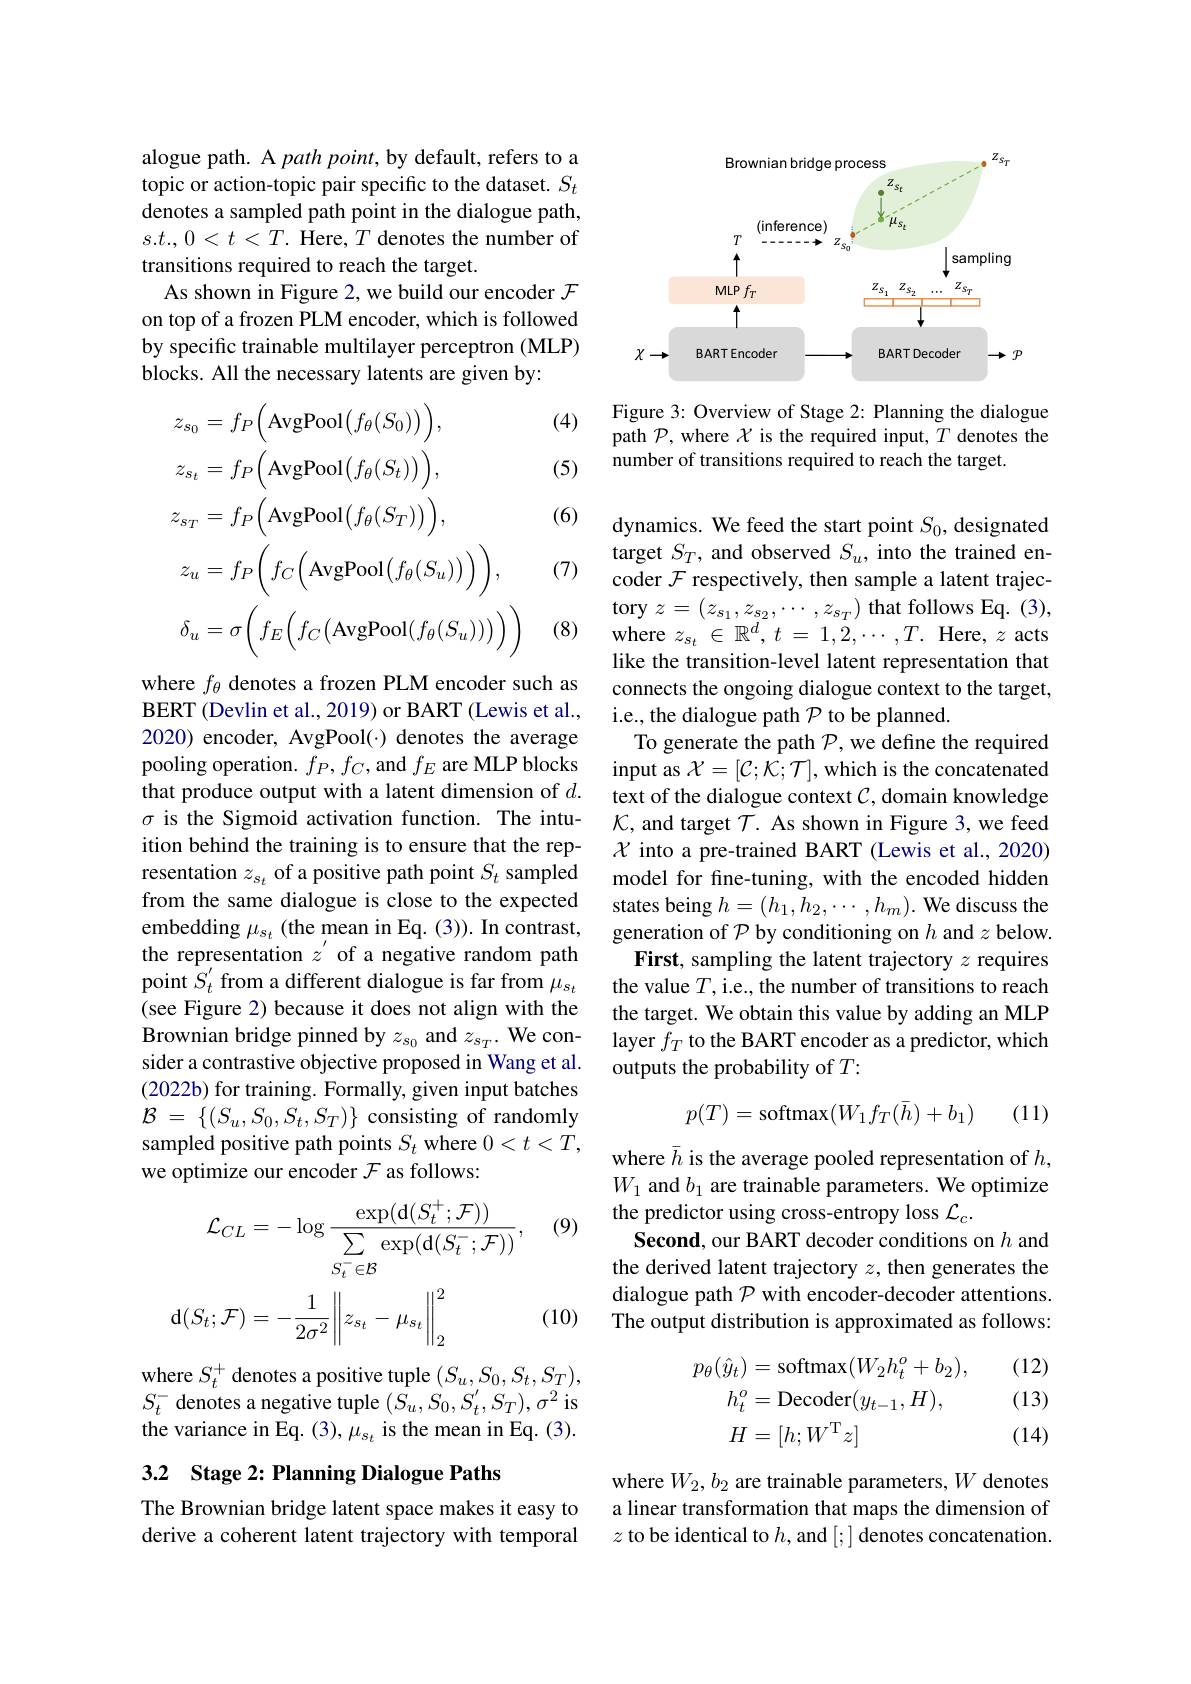
alogue path. A path point, by default, refers to a topic or action-topic pair specific to the dataset. $S_t$ denotes a sampled path point in the dialogue path, $s.t.,0<t<T.$ Here, $T$ denotes the number of transitions required to reach the target.
As shown in Figure 2, we build our encoder $\mathcal{F}$ on top of a frozen PLM encoder, which is followed by specific trainable multilayer perceptron (MLP) blocks. All the necessary latents are given by:

(4)

(5)

(6)
$$\begin{aligned}&z_{s_{0}}=f_{P}\Big(\mathrm{AvgPool}\big(f_{\theta}(S_{0})\big)\Big),\\&z_{s_{t}}=f_{P}\Big(\mathrm{AvgPool}\big(f_{\theta}(S_{t})\big)\Big),\\&z_{s_{T}}=f_{P}\Big(\mathrm{AvgPool}\big(f_{\theta}(S_{T})\big)\Big),\\&z_{u}=f_{P}\Bigg(f_{C}\Big(\mathrm{AvgPool}\big(f_{\theta}(S_{u})\big)\Bigg)\Bigg),\\&\delta_{u}=\sigma\Bigg(f_{E}\Big(f_{C}\big(\mathrm{AvgPool}\big(f_{\theta}(S_{u})\big)\big)\Bigg)\Bigg)\end{aligned}$$
(7)

(8)

where $f_\theta$ denotes a frozen PLM encoder such as BERT (Devlin et al., 2019) or BART (Lewis et al., 2020) encoder, AvgPool(·) denotes the average pooling operation. $f_P,f_C$,and $f_E$ are MLP blocks that produce output with a latent dimension of $d.$ $\sigma$ is the Sigmoid activation function. The intuition behind the training is to ensure that the representation $z_{s_t}$ of a positive path point $S_t$ sampled from the same dialogue is close to the expected embedding $\mu_{s_{t}}$ (the mean in Eq. (3)). In contrast, the representation $z^{\prime}$ of a negative random path point $\tilde{S}_t^{\prime}$ from a different dialogue is far from $\mu_s_t$ (see Figure 2) because it does not align with the Brownian bridge pinned by $z_{s_0}$ and $z_{s_T}.$ We consider a contrastive objective proposed in Wang et al. $(2022b)$ for training. Formally, given input batches $\mathcal{B}$ = $\{ ( S_{u}, S_{0}, \bar{S_{t}} , \bar{S_{T}} ) \}$ consisting of randomly sampled positive path points $S_t$ where $0<t<T$, we optimize our encoder $\mathcal{F}$ as follows:

(9)
$$\mathcal{L}_{CL}=-\log\frac{\exp(\mathsf d(S_t^+;\mathcal{F}))}{\sum_{S_t^-\in\mathcal{B}}\exp(\mathsf d(S_t^-;\mathcal{F}))},\\\mathrm{d}(S_{t};\mathcal{F})=-\frac{1}{2\sigma^{2}}\left\|z_{s_{t}}-\mu_{s_{t}}\right\|_{2}^{2}$$
(10)

where $S_{t}^{+}$ denotes a positive tuple $(S_u,S_0,S_t,S_T)$, $S_{t}^{-}$ denotes a negative tuple $(S_u,S_0,S_t^{\prime},S_T),\sigma^2$ is the variance in Eq. (3), $\mu_{s_{t}}$ is the mean in Eq. (3).

# 3.2 Stage 2: Planning Dialogue Paths

The Brownian bridge latent space makes it easy to derive a coherent latent trajectory with temporal

<FigureHere>

Figure 3: Overview of Stage 2: Planning the dialogue path $\mathcal{P}$,where $\mathcal{X}$ is the required input, $T$ denotes the number of transitions required to reach the target.

dynamics. We feed the start point $S_0$, designated target $S_T$, and observed $S_u$, into the trained encoder $\mathcal{F}$ respectively, then sample a latent trajectory $z=\begin{pmatrix}z_{s_1},z_{s_2},\cdots,z_{s_T}\end{pmatrix}$ that follows Eq.(3), where $z_{s_t}\in\mathbb{R}^d,t=1,2,\cdots,T.$ Here, $z$ acts like the transition-level latent representation that connects the ongoing dialogue context to the target, i.e., the dialogue path $\mathcal{P}$ to be planned
To generate the path $\mathcal{P}$, we define the required input as $\mathcal{X}=[\mathcal{C};\mathcal{K};\mathcal{T}]$, which is the concatenated text of the dialogue context $\mathcal{C}$, domain knowledge $\mathcal{K}$, and target $\mathcal{T}.$ As shown in Figure 3, we feed $\chi$ into a pre-trained BART (Lewis et al., 2020) model for fine-tuning, with the encoded hidden states being $h=(h_1,h_2,\cdots,h_m).$ We discuss the generation of $\mathcal{P}$ by conditioning on $h$ and $z$ below. First, sampling the latent trajectory $z$ requires the value $T$,i.e., the number of transitions to reach the target. We obtain this value by adding an MLP layer $f_T$ to the BART encoder as a predictor, which outputs the probability of $T:$
$$p(T)=\mathrm{softmax}(W_1f_T(\bar{h})+b_1)$$
(11)

where $\bar{h}$ is the average pooled representation of $h$, $W_1$ and $b_1$ are trainable parameters. We optimize the predictor using cross-entropy loss $\mathcal{L}_c.$
Second, our BART decoder conditions on $h$ and the derived latent trajectory $z$, then generates the dialogue path $\mathcal{P}$ with encoder-decoder attentions. The output distribution is approximated as follows:

(12)

(13)
$$\begin{aligned}p_{\theta}(\hat{y}_{t})&=\mathrm{softmax}(W_{2}h_{t}^{o}+b_{2}),\\h_{t}^{o}&=\mathrm{Decoder}(y_{t-1},H),\\H&=[h;W^{\mathrm{T}}z]\end{aligned}$$
(14)

where $W_2,b_2$ are trainable parameters, $W$ denotes a linear transformation that maps the dimension of $z$ to be identical to $h$, and [;] denotes concatenation.